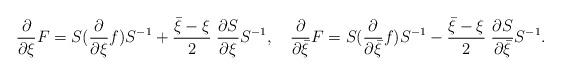
LaTeX: \begin{align*}\frac{\partial}{\partial \xi}F = S (\frac{\partial}{\partial \xi}f) S^{-1} +\frac{\bar \xi-\xi}{2} \; \frac{\partial S}{\partial \xi} S^{-1}, \quad\frac{\partial}{\partial\bar \xi}F = S(\frac{\partial}{\partial\bar \xi}f) S^{-1} -\frac{\bar \xi- \xi}{2} \;\frac{\partial S}{\partial \bar \xi} S^{-1}.\end{align*}